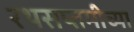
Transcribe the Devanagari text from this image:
रथसप्तमीच्या